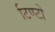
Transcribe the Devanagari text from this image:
टिण्टो